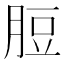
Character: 脰